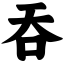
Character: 吞